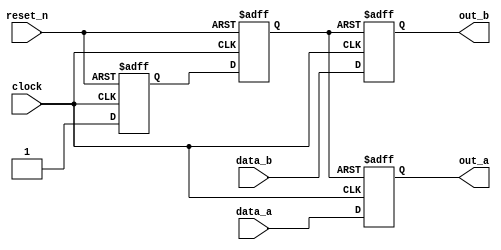
//Synchronized Asynchronous Reset
module sync_async_reset (
        input    clock,
        input    reset_n,
        input    data_a,
        input    data_b,
        output   out_a,
        output   out_b);
        
        reg     reg1, reg2;
        reg     reg3, reg4;
        assign  out_a = reg1;
        assign  out_b = reg2;
        assign  rst_n = reg4;
        always @ (posedge clock, negedge reset_n) begin
            if (!reset_n) begin
                reg3 <= 1'b0;
                reg4 <= 1'b0;
            end
            else begin
                reg3 <= 1'b1;
                reg4 <= reg3;
            end
        end
        
        always @ (posedge clock, negedge rst_n) begin
            if (!rst_n) begin
                reg1 <= 1'b0;
                reg2 <= 1'b0;
            end
            else begin
                reg1 <= data_a;
                reg2 <= data_b;
            end
        end
endmodule  // sync_async_reset